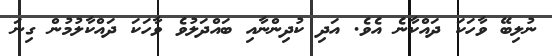
ނުލިބޭ ވާހަކަ ދައްކާނެ އެވެ. އަދި ކުދިންނާއި ބައްދަލުވެ ވާހަކަ ދައްކާލުމުން ގިނަަ